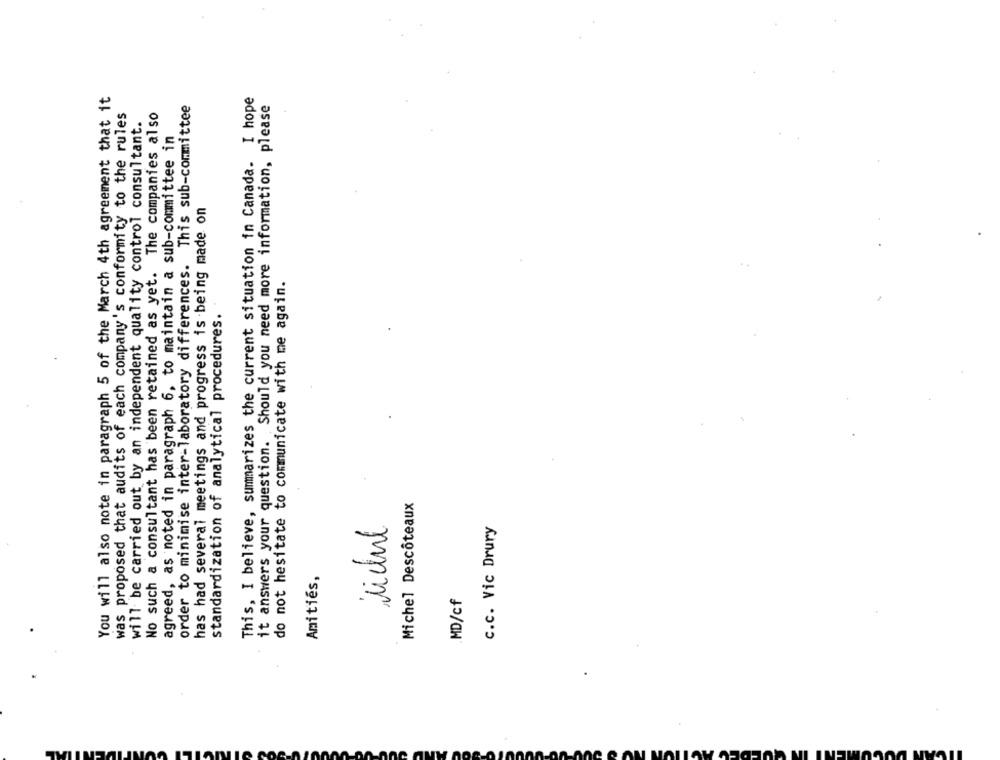
You will also note in paragraph 5 of the March 4th agreement that it
This, I believe, summarizes the current situation in Canada. I hope
order to minimise inter-laboratory differences. This sub-committee
it answers your question. Should you need more information, please
was proposed that audits of each company's conformity to the rules
No such a consultant has been retained as yet. The companies also
will be carried out by an independent quality control consultant.
agreed, as noted in paragraph 6, to maintain a sub-committee in
has had several meetings and progress is being made on
do not hesitate to communicate with me again.
standardization of analytical procedures.
Michel Descôteaux
C.c. Vic Drury
Amitiés,
.MD/cf